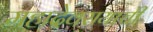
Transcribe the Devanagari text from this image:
महादेवरायाची